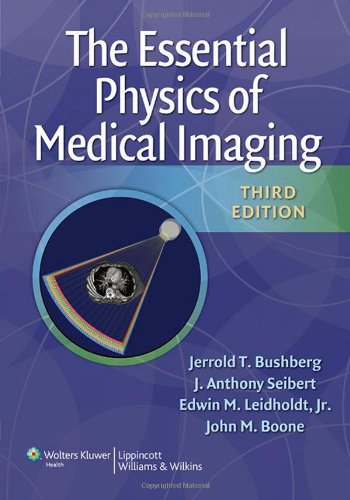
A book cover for The Essential Physics of Medical Imaging, Third Edition; Jerrold T. Bushberg; Medical Books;